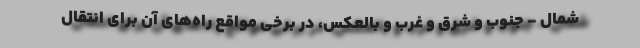
شمال - جنوب و شرق و غرب و بالعکس، در برخی مواقع راه‌های آن برای انتقال